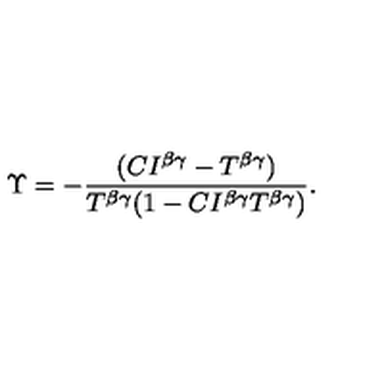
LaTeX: \Upsilon = - \frac { ( C I ^ { \beta \gamma } - T ^ { \beta \gamma } ) } { T ^ { \beta \gamma } ( 1 - C I ^ { \beta \gamma } T ^ { \beta \gamma } ) } .